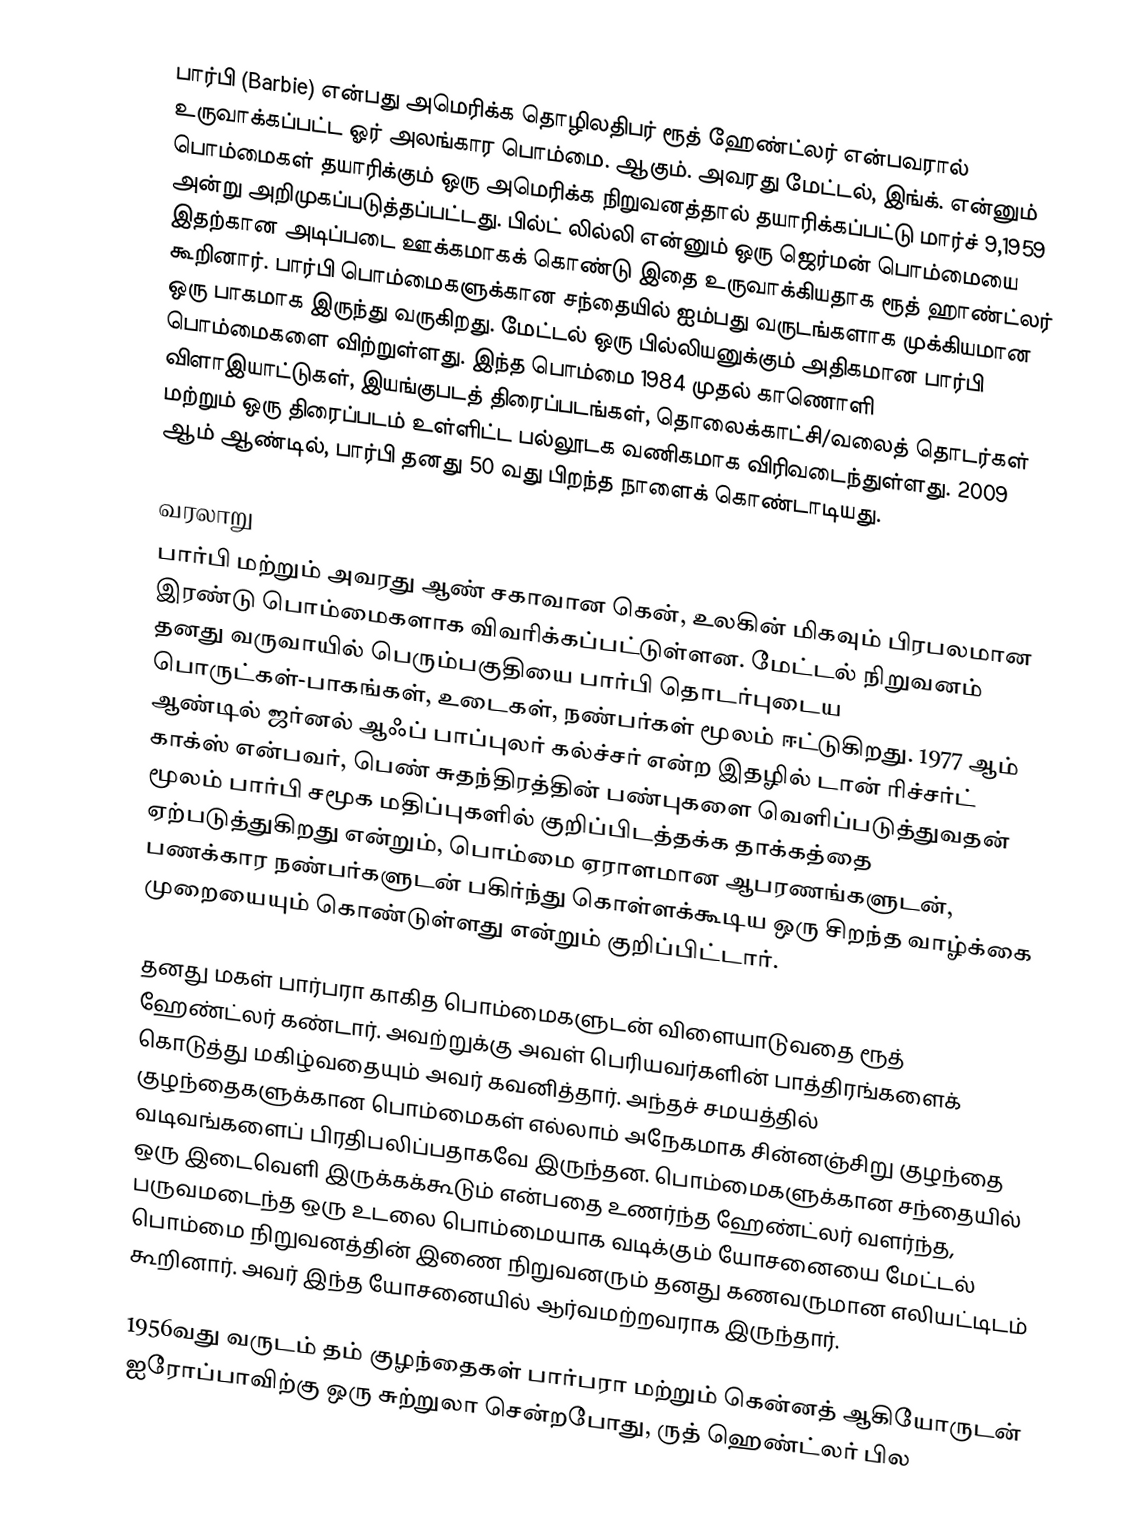
பார்பி (Barbie) என்பது அமெரிக்க தொழிலதிபர் ரூத் ஹேண்ட்லர் என்பவரால் உருவாக்கப்பட்ட ஓர் அலங்கார பொம்மை. ஆகும். அவரது மேட்டல், இங்க். என்னும் பொம்மைகள் தயாரிக்கும் ஒரு அமெரிக்க நிறுவனத்தால் தயாரிக்கப்பட்டு மார்ச் 9,1959 அன்று அறிமுகப்படுத்தப்பட்டது. பில்ட் லில்லி என்னும் ஒரு ஜெர்மன் பொம்மையை இதற்கான அடிப்படை ஊக்கமாகக் கொண்டு இதை உருவாக்கியதாக ரூத் ஹாண்ட்லர் கூறினார். பார்பி பொம்மைகளுக்கான சந்தையில் ஐம்பது வருடங்களாக முக்கியமான ஒரு பாகமாக இருந்து வருகிறது. மேட்டல் ஒரு பில்லியனுக்கும் அதிகமான பார்பி பொம்மைகளை விற்றுள்ளது. இந்த பொம்மை 1984 முதல் காணொளி விளாஇயாட்டுகள், இயங்குபடத் திரைப்படங்கள், தொலைக்காட்சி/வலைத் தொடர்கள் மற்றும் ஒரு திரைப்படம் உள்ளிட்ட பல்லூடக வணிகமாக விரிவடைந்துள்ளது. 2009 ஆம் ஆண்டில், பார்பி தனது 50 வது பிறந்த நாளைக் கொண்டாடியது.

வரலாறு
பார்பி மற்றும் அவரது ஆண் சகாவான கென், உலகின் மிகவும் பிரபலமான இரண்டு பொம்மைகளாக விவரிக்கப்பட்டுள்ளன. மேட்டல் நிறுவனம் தனது வருவாயில் பெரும்பகுதியை பார்பி தொடர்புடைய பொருட்கள்-பாகங்கள், உடைகள், நண்பர்கள்  மூலம் ஈட்டுகிறது. 1977 ஆம் ஆண்டில் ஜர்னல் ஆஃப் பாப்புலர் கல்ச்சர் என்ற இதழில் டான் ரிச்சர்ட் காக்ஸ் என்பவர், பெண் சுதந்திரத்தின் பண்புகளை வெளிப்படுத்துவதன் மூலம் பார்பி சமூக மதிப்புகளில் குறிப்பிடத்தக்க தாக்கத்தை ஏற்படுத்துகிறது என்றும், பொம்மை  ஏராளமான ஆபரணங்களுடன், பணக்கார நண்பர்களுடன் பகிர்ந்து கொள்ளக்கூடிய ஒரு சிறந்த வாழ்க்கை முறையையும் கொண்டுள்ளது என்றும் குறிப்பிட்டார்.

தனது மகள் பார்பரா காகித பொம்மைகளுடன் விளையாடுவதை ரூத் ஹேண்ட்லர் கண்டார். அவற்றுக்கு அவள் பெரியவர்களின் பாத்திரங்களைக் கொடுத்து மகிழ்வதையும் அவர் கவனித்தார். அந்தச் சமயத்தில் குழந்தைகளுக்கான பொம்மைகள் எல்லாம் அநேகமாக சின்னஞ்சிறு குழந்தை வடிவங்களைப் பிரதிபலிப்பதாகவே இருந்தன. பொம்மைகளுக்கான சந்தையில் ஒரு இடைவெளி இருக்கக்கூடும் என்பதை உணர்ந்த ஹேண்ட்லர் வளர்ந்த, பருவமடைந்த ஒரு உடலை பொம்மையாக வடிக்கும் யோசனையை மேட்டல் பொம்மை நிறுவனத்தின் இணை நிறுவனரும் தனது கணவருமான எலியட்டிடம் கூறினார். அவர் இந்த யோசனையில் ஆர்வமற்றவராக இருந்தார்.

1956வது வருடம் தம் குழந்தைகள் பார்பரா மற்றும் கென்னத் ஆகியோருடன் ஐரோப்பாவிற்கு ஒரு சுற்றுலா சென்றபோது, ருத் ஹெண்ட்லர் பில